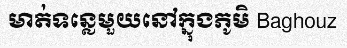
មាត់ទន្លេមួយនៅក្នុងភូមិ Baghouz